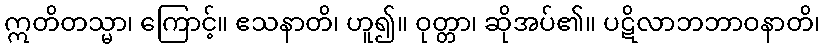
ဣတိတသ္မာ၊ ကြောင့်။ ဧသနာတိ၊ ဟူ၍။ ဝုတ္တာ၊ ဆိုအပ်၏။ ပဋိလာဘဘာဝနာတိ၊